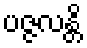
ပဇ္ဇလန္တိ